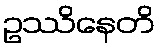
ဥဿိနေတိ